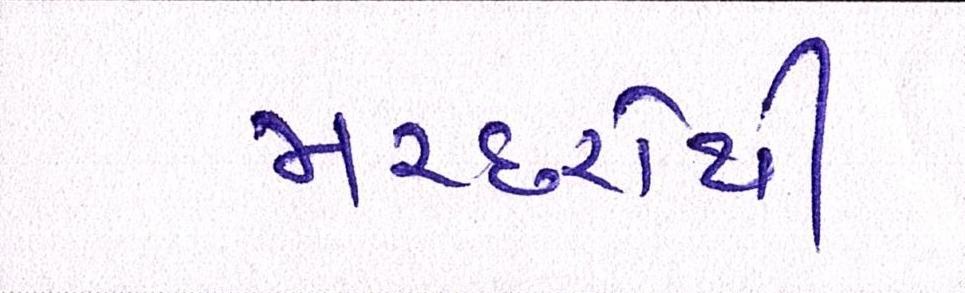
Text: મચ્છરોથી